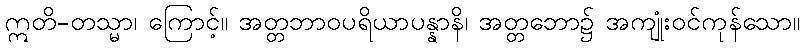
ဣတိ-တသ္မာ၊ ကြောင့်။ အတ္တဘာဝပရိယာပန္နာနိ၊ အတ္တဘော၌ အကျုံးဝင်ကုန်သော။